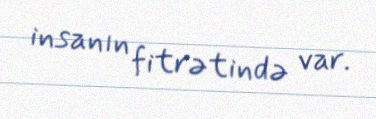
insanın fitrətində var.